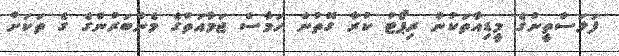
ފަލަސްތީނުގެ މީޑިއާތަކުން ރިޕޯޓު ކުރާ ގޮތުން ހަމާސް ޖަމާއަތުގެ މެންބަރުންގެ ގެ ތަކަށް